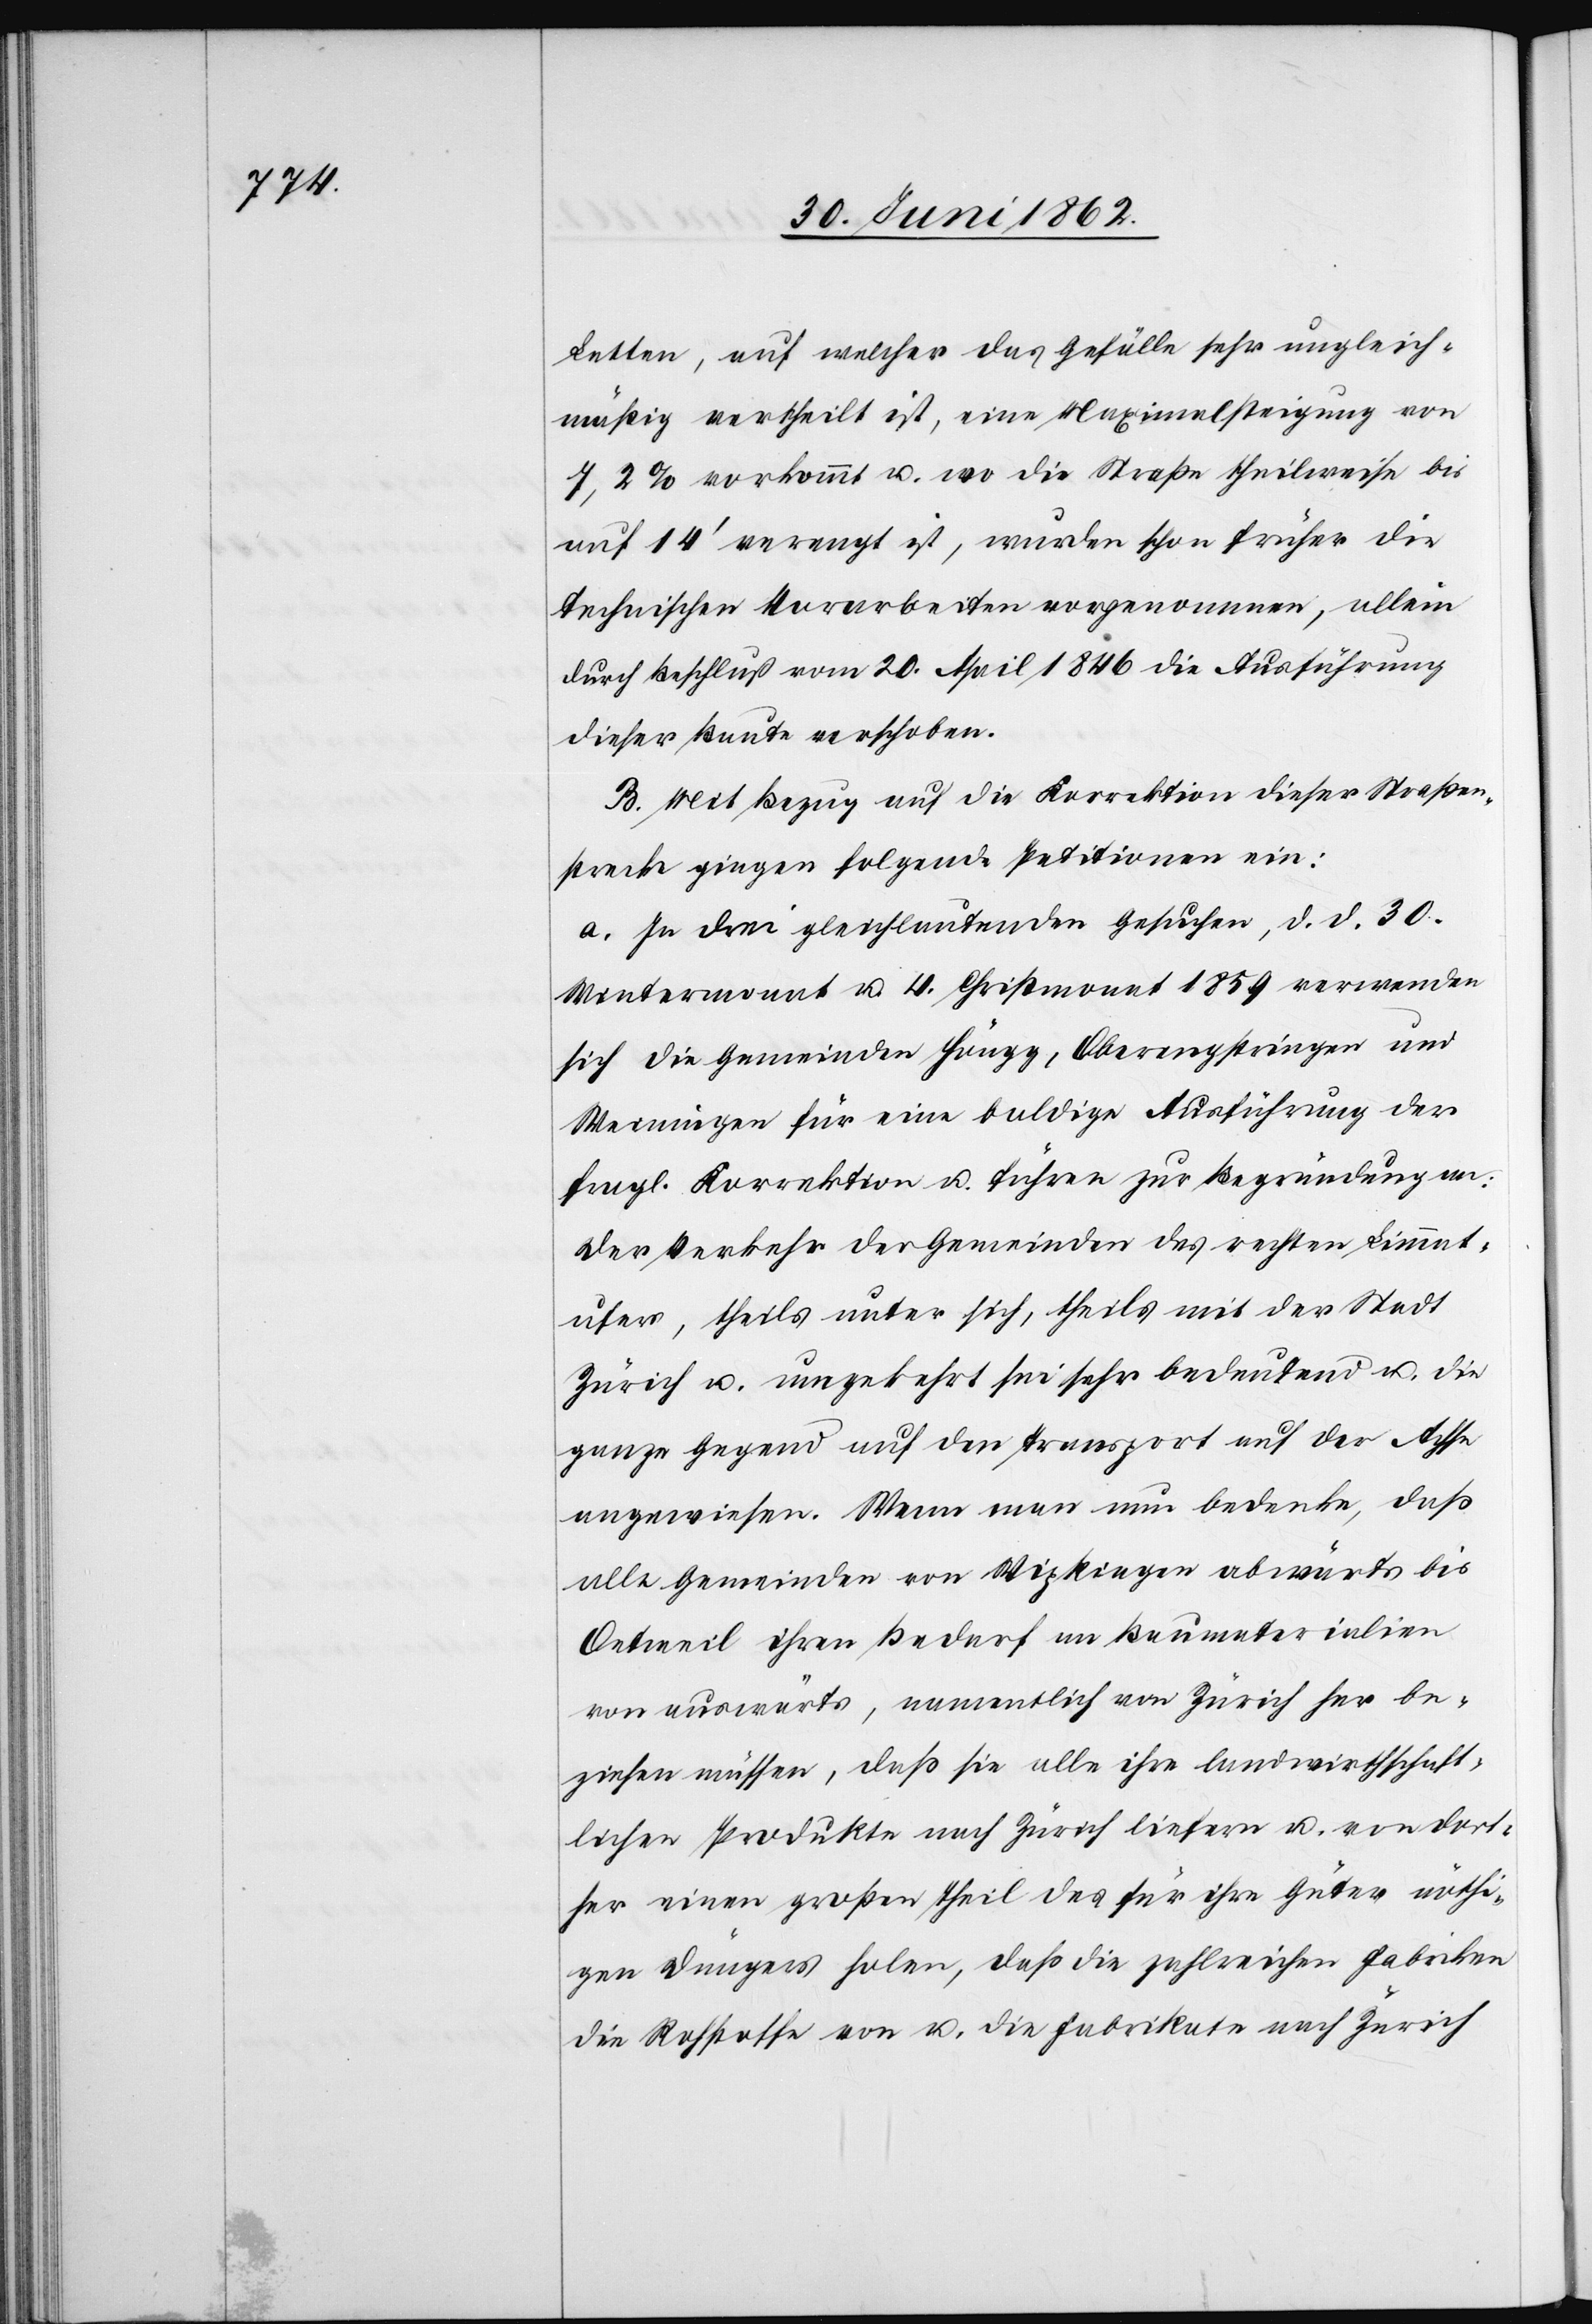
Letten, auf welches das Gefälle sehr ungleich¬
mäßig vertheilt ist, eine Maximalsteigung von
7,2% vorkommt u. wo die Straße theilweise bis
auf 14’ verengt ist, wurden schon früher die
technischen Vorarbeiten vorgenommen, allein
durch Beschluß vom 20. April 1846 die Ausführung
dieser Baute verschoben.
B. Mit Bezug auf die Korrektion dieser Straßen¬
strecke gingen folgende Petitionen ein:
a. In drei gleichlautenden Gesuchen, d. d. 30.
Wintermonat u. 4. Christmonat 1859 verwenden
sich die Gemeinden Höngg, Oberengstringen und
Weiningen für eine baldige Ausführung der
fragl. Korrektion u. führen zur Begründung an:
Der Verkehr der Gemeinden des rechten Limmat¬
ufer, theils unter sich, theils mit der Stadt
Zürich u. umgekehrt sei sehr bedeutend u. die
ganze Gegend auf den Transport auf der Achse
angewiesen. Wenn man nun bedenke, daß
alle Gemeinden von Wipkingen abwärts bis
Oetweil ihren Bedarf an Baumaterialien
von auswärts, namentlich von Zürich her be¬
ziehen müssen, daß sie alle ihre landwirthschaft¬
lichen Produkte nach Zürich liefern u. von dort¬
her einen großen Theil des für ihre Güter nöthi¬
gen Düngers holen, daß die zahlreichen Fabriken
die Rohstoffe von u. die Fabrikate nach Zürich